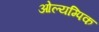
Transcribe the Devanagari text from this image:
ओल्यम्पिक